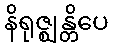
နိရုဇ္ဈန္တိပေ